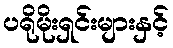
ပရိုမိုးရှင်းများနှင့်